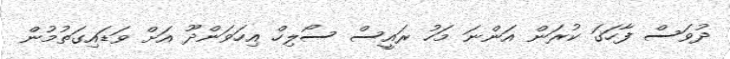
ދުވަސް ފާހަގަ ކުރަން އަންނަ މަހު ރައީސް ސޯލިހް އިހަވަންދޫ އަށް ވަޑައިގަތުމުން